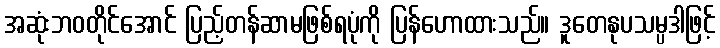
အဆုံးဘဝတိုင်အောင် ပြည့်တန်ဆာမဖြစ်ရပုံကို ပြန်ဟောထားသည်။ ဒူတေနုပသမ္ပဒါဖြင့်